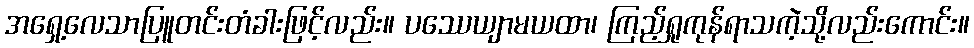
အရှေ့လေသာပြူတင်းတံခါးဖြင့်လည်း။ ပဿေယျာမယထာ၊ ကြည့်ရှုကုန်ရာသကဲ့သို့လည်းကောင်း။